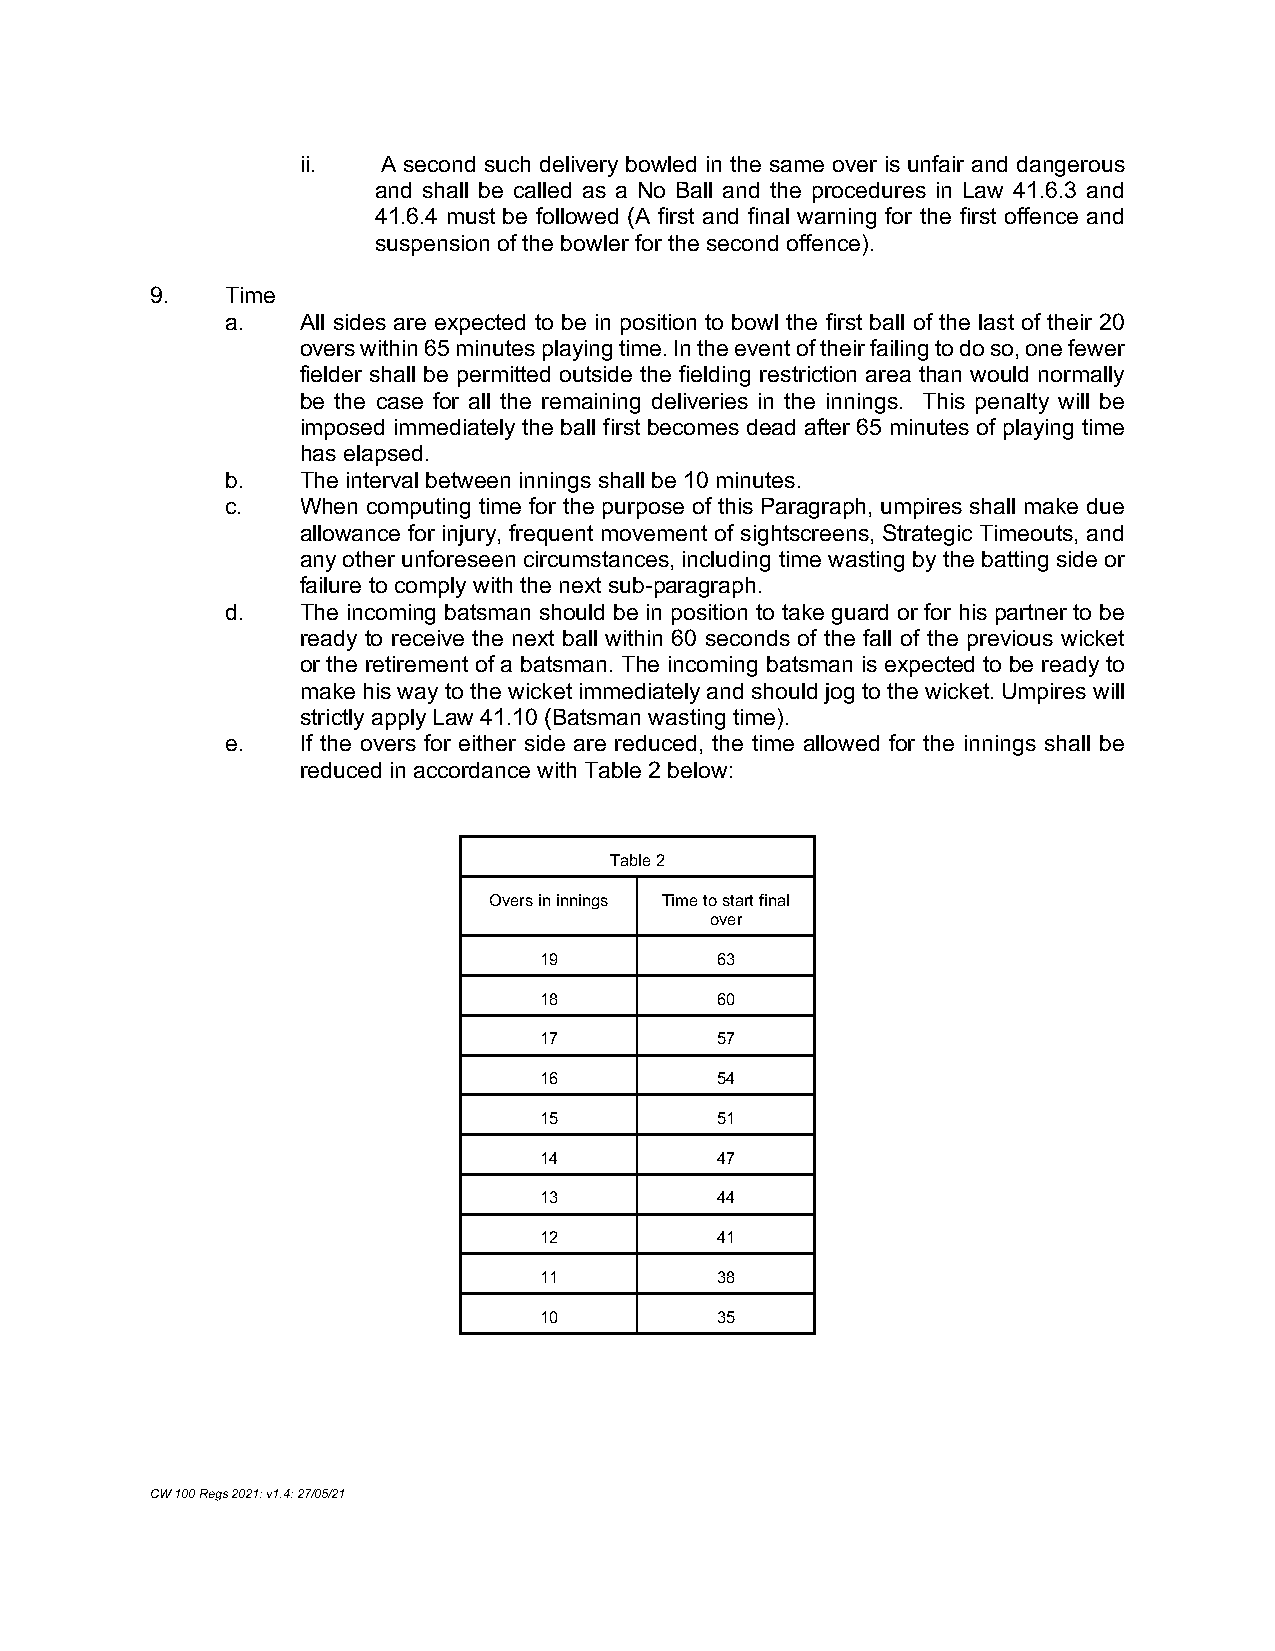
ii.  A second such delivery bowled in the same over is unfair and dangerous
 and shall be called as a No Ball and the procedures in Law 41.6.3 and
 41.6.4 must be followed (A first and final warning for the first offence and
 suspension of the bowler for the second offence).
 9.   Time
 a.   All sides are expected to be in position to bowl the first ball of the last of their 20
 overs within 65 minutes playing time. In the event of their failing to do so, one fewer
 fielder shall be permitted outside the fielding restriction area than would normally
 be the case for all the remaining deliveries in the innings. This penalty will be
 imposed immediately the ball first becomes dead after 65 minutes of playing time
 has elapsed.
 b.   The interval between innings shall be 10 minutes.
 c.   When computing time for the purpose of this Paragraph, umpires shall make due
 allowance for injury, frequent movement of sightscreens, Strategic Timeouts, and
 any other unforeseen circumstances, including time wasting by the batting side or
 failure to comply with the next sub-paragraph.
 d.   The incoming batsman should be in position to take guard or for his partner to be
 ready to receive the next ball within 60 seconds of the fall of the previous wicket
 or the retirement of a batsman. The incoming batsman is expected to be ready to
 make his way to the wicket immediately and should jog to the wicket. Umpires will
 strictly apply Law 41.10 (Batsman wasting time).
 e.   If the overs for either side are reduced, the time allowed for the innings shall be
 reduced in accordance with Table 2 below:
 Table 2
 Overs in innings Time to start final
 over
 19         63
 18         60
 17         57
 16         54
 15         51
 14         47
 13         44
 12         41
 11         38
 10         35
 CW 100 Regs 2021: v1.4: 27/05/21